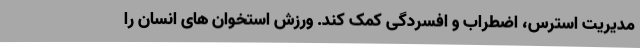
مدیریت استرس، اضطراب و افسردگی کمک کند. ورزش استخوان های انسان را